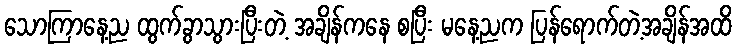
သောကြာနေ့ည ထွက်ခွာသွားပြီးတဲ့ အချိန်ကနေ စပြီး မနေ့ညက ပြန်ရောက်တဲ့အချိန်အထိ